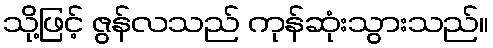
သို့ဖြင့် ဇွန်လသည် ကုန်ဆုံးသွားသည်။